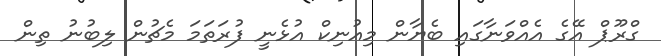
ގްރޫޕް އޭގެ އެއްވަނާގައި ބެޔާން މިއުނިކް އުޅެނީ ފުރަތަމަ މެޗުން ލިބުނު ތިން